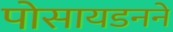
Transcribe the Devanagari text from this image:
पोसायडनने